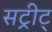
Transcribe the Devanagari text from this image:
सट्रीट्